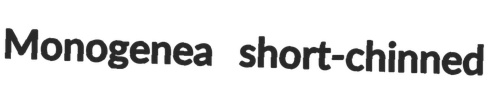
Monogenea short-chinned